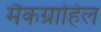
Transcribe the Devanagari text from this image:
मैकग्राहिल